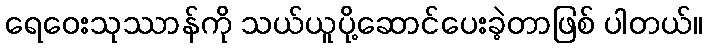
ရေဝေးသုဿာန်ကို သယ်ယူပို့ဆောင်ပေးခဲ့တာဖြစ် ပါတယ်။